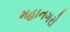
મહાનગરો